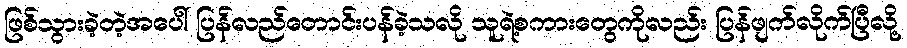
ဖြစ်သွားခဲ့တဲ့အပေါ် ပြန်လည်တောင်းပန်ခဲ့သလို သူရဲ့စကားတွေကိုလည်း ပြန်ဖျက်လိုက်ပြီလို့